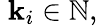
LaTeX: \; \mathbf{k}_{i}\in\mathbb{{N}},